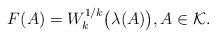
LaTeX: \begin{align*}F(A)=W_k^{1/k}\big(\lambda(A)\big),A\in \mathcal{K}.\end{align*}